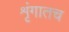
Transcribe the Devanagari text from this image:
शृंगातच